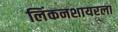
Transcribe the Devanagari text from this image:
लिंकनशायरला